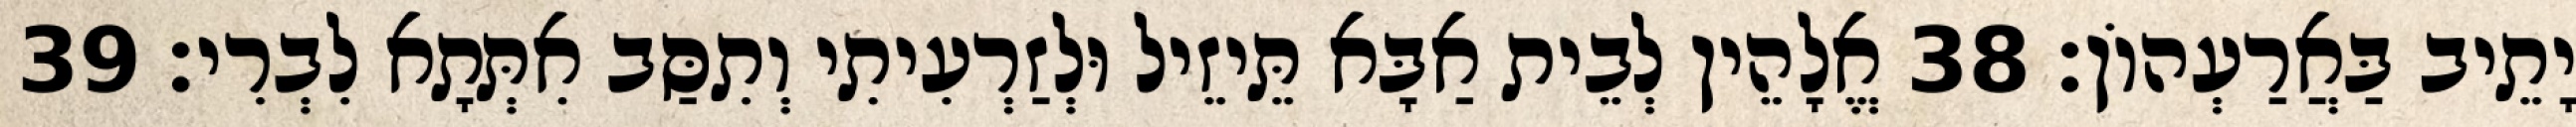
יָתֵיב בַּאֲרַעְהוֹן׃ 38 אֱלָהֵין לְבֵית אַבָּא תֵּיזֵיל וּלְזַרְעִיתִי וְתִסַּב אִתְּתָא לִבְרִי׃ 39